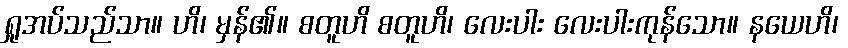
ရှုအပ်သည်သာ။ ဟိ၊ မှန်၏။ စတူဟိ စတူဟိ၊ လေးပါး လေးပါးကုန်သော။ နယေဟိ၊